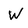
Character: W